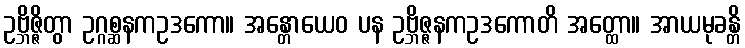
ဥဗ္ဘိဇ္ဇိတွာ ဥဂ္ဂစ္ဆနကဥဒကော။ အန္တောယေဝ ပန ဥဗ္ဘိဇ္ဇနကဥဒကောတိ အတ္ထော။ အာယမုခန္တိ